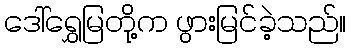
ဒေါ်ရွှေမြတို့က ဖွားမြင်ခဲ့သည်။